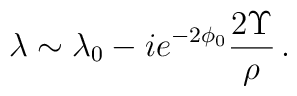
\lambda \sim \lambda_{0}-ie^{-2\phi_{0}} \frac{2\Upsilon}{\rho}\, .